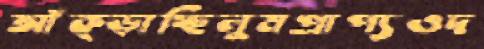
আঁক্‌ড়াচ্ছিলুমপ্রাপ্যওদ